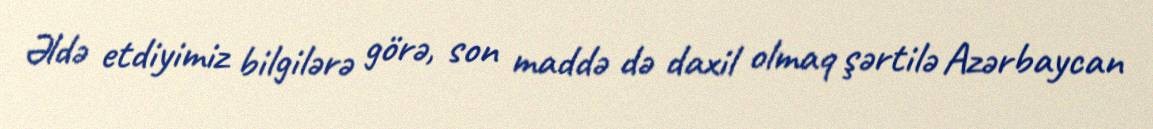
Əldə etdiyimiz bilgilərə görə, son maddə də daxil olmaq şərtilə Azərbaycan